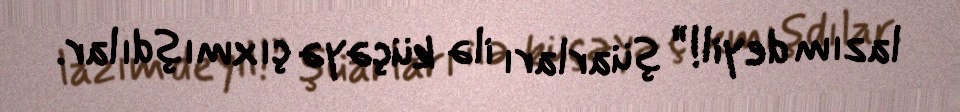
lazım deyil!” şüarları ilə küçəyə çıxmışdılar.